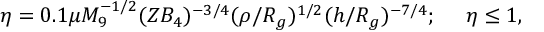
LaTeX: \eta = 0 . 1 \mu M _ { 9 } ^ { - 1 / 2 } ( Z B _ { 4 } ) ^ { - 3 / 4 } ( \rho / R _ { g } ) ^ { 1 / 2 } ( h / R _ { g } ) ^ { - 7 / 4 } ; \ \ \ \ \eta \le 1 ,